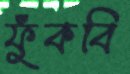
ফুঁকবি